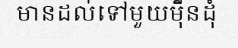
មានដល់ទៅមួយម៉ឺនដុំ